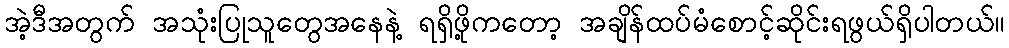
အဲ့ဒီအတွက် အသုံးပြုသူတွေအနေနဲ့ ရရှိဖို့ကတော့ အချိန်ထပ်မံစောင့်ဆိုင်းရဖွယ်ရှိပါတယ်။